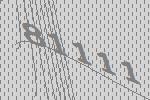
81111